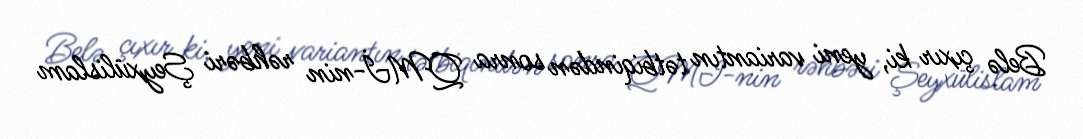
Belə çıxır ki, yeni variantın tətbiqindən sonra QMİ-nin rəhbəri Şeyxülislam